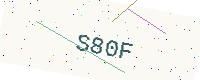
Text: S80F